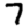
Digit: 7